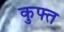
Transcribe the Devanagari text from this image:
कुफ्त